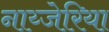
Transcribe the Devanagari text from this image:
नाय्जेरिया